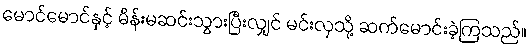
မောင်မောင်နှင့် မိန်းမဆင်းသွားပြီးလျှင် မင်းလှသို့ ဆက်မောင်းခဲ့ကြသည်။